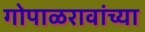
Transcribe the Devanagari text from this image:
गोपाळरावांच्या